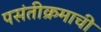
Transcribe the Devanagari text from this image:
पसंतीक्रमाची